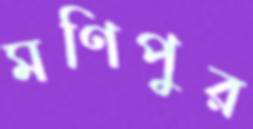
মণিপুর